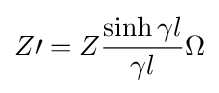
Z\prime =Z{\frac {\sinh \gamma l}{\gamma l}}\Omega